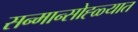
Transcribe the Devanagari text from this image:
सन्मान्सोह्ळ्यात